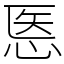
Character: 悘